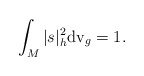
\begin{align*}\int_M|s|^2_{h}{\rm{dv}}_g=1.\end{align*}